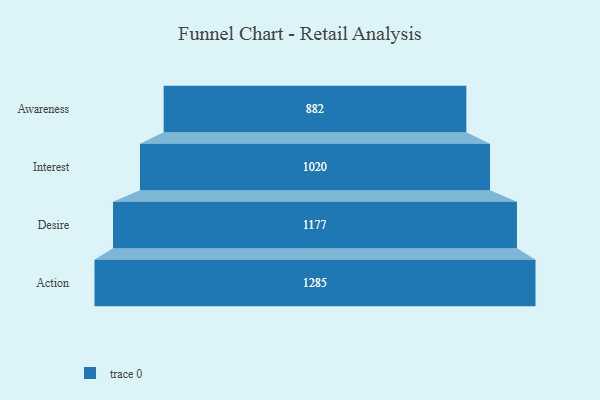
{"axis": {"x": "Stage", "y": "Value"}, "legend": [""], "data": [{"x": "Awareness", "y": 882.0, "type": ""}, {"x": "Interest", "y": 1020.0, "type": ""}, {"x": "Desire", "y": 1177.0, "type": ""}, {"x": "Action", "y": 1285.0, "type": ""}]}